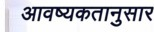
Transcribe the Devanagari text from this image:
आवष्यकतानुसार